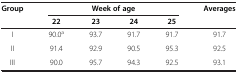
| <ROWSPAN=2> Group | <COLSPAN=4> Week of age | <ROWSPAN=2> Averages |
 | 22 | 23 | 24 | 25 |
 | --- | --- | --- | --- | --- | --- |
 | I | 90.0a | 93.7 | 91.7 | 91.7 | 91.7 |
 | II | 91.4 | 92.9 | 90.5 | 95.3 | 92.5 |
 | III | 90.0 | 95.7 | 94.3 | 92.5 | 93.1 |